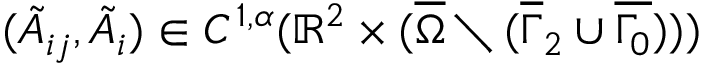
( \tilde { A } _ { i j } , \tilde { A } _ { i } ) \in C ^ { 1 , \alpha } ( \mathbb { R } ^ { 2 } \times ( \overline { { \Omega } } \setminus ( \overline { { \Gamma } } _ { 2 } \cup \overline { { \Gamma _ { 0 } } } ) ) )